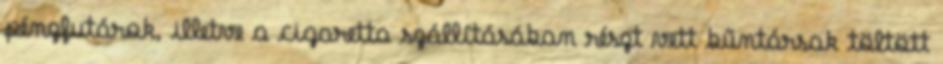
pénzfutárok, illetve a cigaretta szállításában részt vett bűntársak töltött